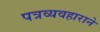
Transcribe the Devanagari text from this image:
पत्रव्यवहाराने